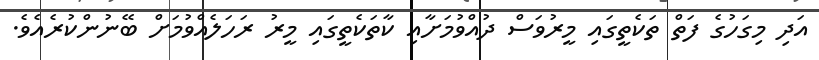
އަދި މިގަހުގެ ފަތް ތަކެތީގައި މީރުވަސް ދުއްވުމަށާއި ކާތަކެތީގައި މީރު ރަހަލެއްވުމަށް ބޭނުންކުރެއެވެ.